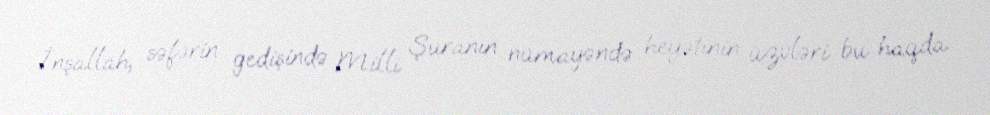
İnşallah, səfərin gedişində Milli Şuranın nümayəndə heyətinin üzvləri bu haqda